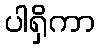
ပါရှိကာ